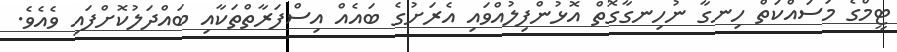
ޓީމްގެ މަސައްކަތް ހިނގާ ނުހިނގާގޮތް އޮޅުންފިލުއްވައި އެރަށުގެ ބައެއް އިސްފަރާތްތަކާއި ބައްދަލުކޮށްފައި ވެއެވެ.